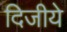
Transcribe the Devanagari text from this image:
दिजीये